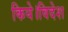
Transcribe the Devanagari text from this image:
किये।विदेश